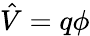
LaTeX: {\hat{V}}=q\phi